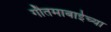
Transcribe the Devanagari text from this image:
गौतमाबाईच्या